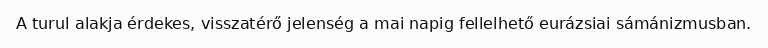
A turul alakja érdekes, visszatérő jelenség a mai napig fellelhető eurázsiai sámánizmusban.